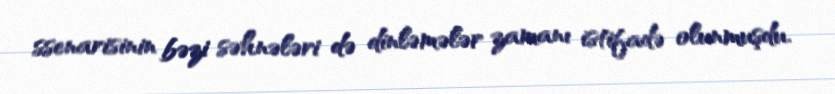
ssenarisinin bəzi səhnələri də dinləmələr zamanı istifadə olunmuşdu.